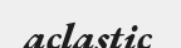
aclastic